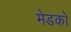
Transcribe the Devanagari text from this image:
मेडको